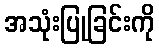
အသုံးပြုခြင်းကို